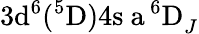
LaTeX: \mathrm{3d^{6}(^{5}D)4s\ a\, ^{6}D}_{J}